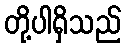
တို့ပါရှိသည်